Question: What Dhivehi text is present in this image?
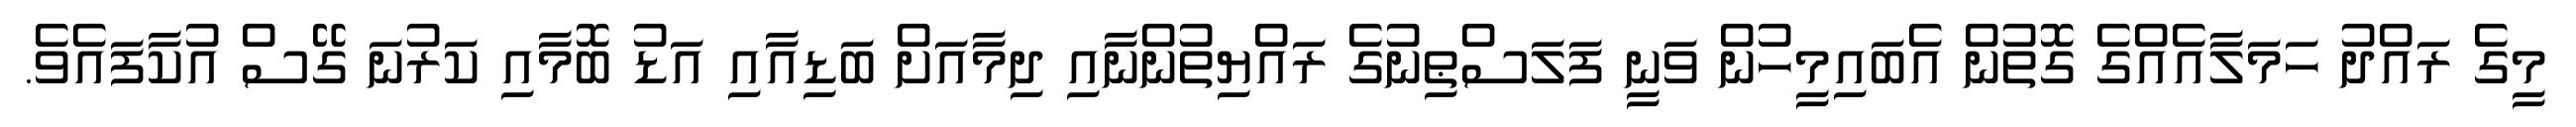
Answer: މީގެ ރައްދު ހަމަލާއެއްގެ ގޮތުން އެބައިމީހުން ވަނީ ފަލަސްޠިނުގެ ރައްޔިތުންނާއި ދިމާއަށް ބަޑިއާއި އަޑު ބޮމާއި ކަރުނަ ގޭސް އުކާފައެވެ.